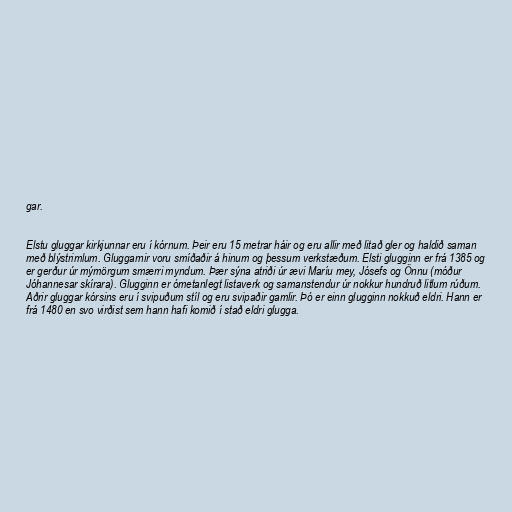
gar.

Elstu gluggar kirkjunnar eru í kórnum. Þeir eru 15 metrar háir og eru allir með litað gler og haldið saman
með blýstrimlum. Gluggarnir voru smíðaðir á hinum og þessum verkstæðum. Elsti glugginn er frá 1385 og
er gerður úr mýmörgum smærri myndum. Þær sýna atriði úr ævi Maríu mey, Jósefs og Önnu (móður
Jóhannesar skírara). Glugginn er ómetanlegt listaverk og samanstendur úr nokkur hundruð litlum rúðum.
Aðrir gluggar kórsins eru í svipuðum stíl og eru svipaðir gamlir. Þó er einn glugginn nokkuð eldri. Hann er
frá 1480 en svo virðist sem hann hafi komið í stað eldri glugga.